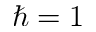
\hslash = 1